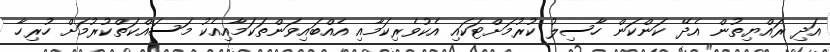
އަދި ރައްޔިތުން އެދޭ ކަންކަން ހާސިލު ކުރުމަށްޓަކައި އެކުވެރިކަމާއި އެއްބައިވަންތަކަމާއިއެކު މަސައްކަތްކުރުމަށް ހުރިހާ